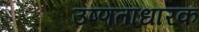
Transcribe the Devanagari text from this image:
उष्णताधारक